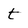
Character: t